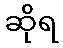
ဆိုရ